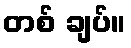
တစ် ချပ်။